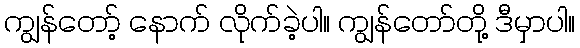
ကျွန်တော့် နောက် လိုက်ခဲ့ပါ။ ကျွန်တော်တို့ ဒီမှာပါ။